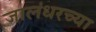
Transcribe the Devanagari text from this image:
जालंधरच्या